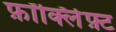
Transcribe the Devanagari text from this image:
फ़ॉर्क्लिफ़्ट